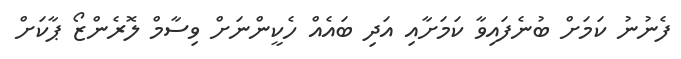
ފެނުނު ކަމަށް ބުނެފައިވާ ކަމަށާއި އަދި ބައެއް ހެކީންނަށް ވިސާމް ލޮރެންޒޯ ޕާކަށް